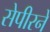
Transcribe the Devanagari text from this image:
सेपीरने